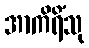
အာကိရိံသု